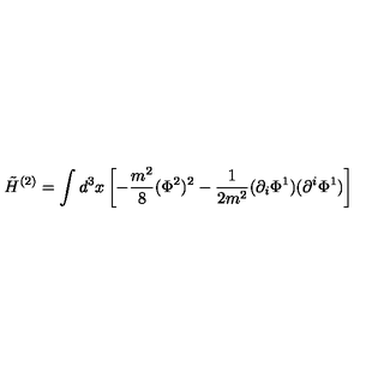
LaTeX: \tilde { H } ^ { ( 2 ) } = \int d ^ { 3 } x \left[ - \frac { m ^ { 2 } } { 8 } ( \Phi ^ { 2 } ) ^ { 2 } - \frac { 1 } { 2 m ^ { 2 } } ( \partial _ { i } \Phi ^ { 1 } ) ( \partial ^ { i } \Phi ^ { 1 } ) \right]